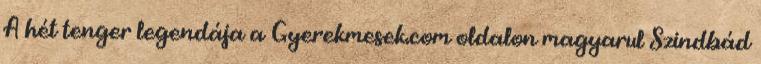
A hét tenger legendája a Gyerekmesek.com oldalon magyarul Szindbád